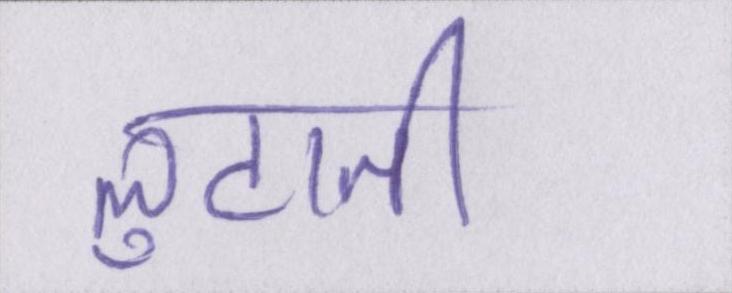
लुटाती